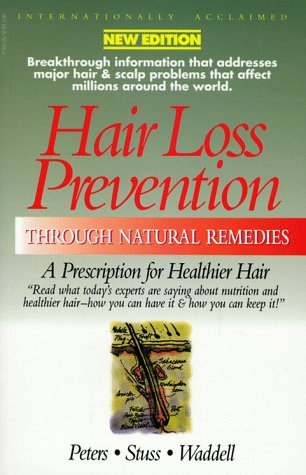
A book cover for Hair Loss Prevention Through Natural Remedies: A Prescription for Healthier Hair; Ken Peters; Health, Fitness & Dieting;